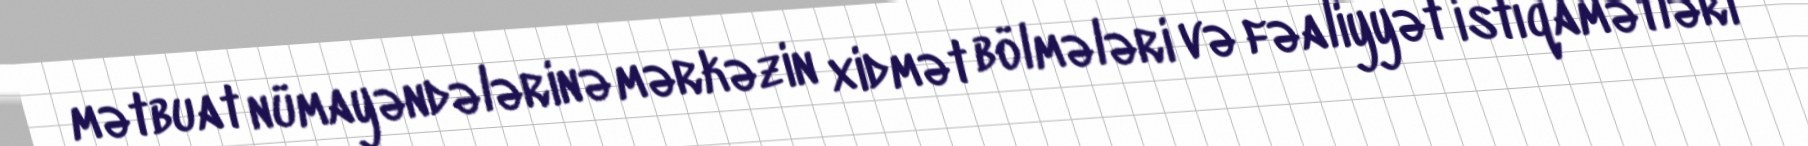
mətbuat nümayəndələrinə mərkəzin xidmət bölmələri və fəaliyyət istiqamətləri